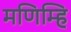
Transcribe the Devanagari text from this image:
मणिम्हि